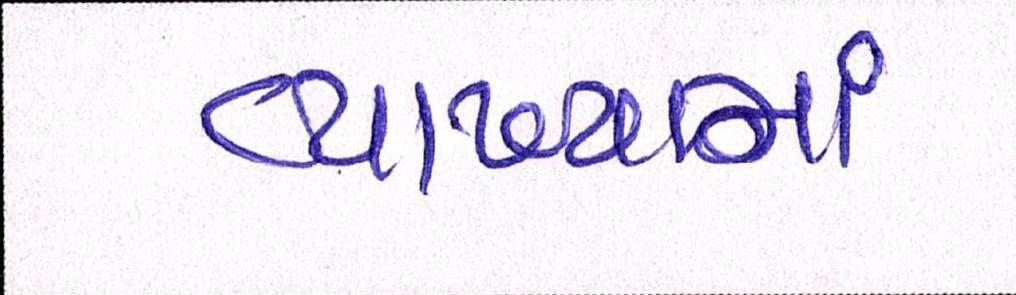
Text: વ્યાખ્યામાં